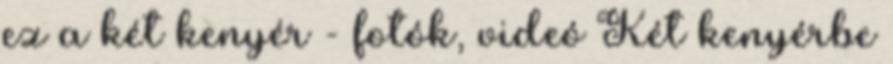
ez a két kenyér - fotók, videó Két kenyérbe